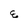
Character: E